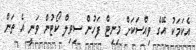
އެކަމަކު އޭގެ ވިއްސަކަށް މިނިޓް ފަހުން ސިވިލް ކޯޓުން ވަނީ އެ ތަން